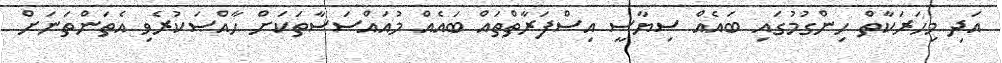
އަދި މިހަރަކާތް ހިންގުމުގައި ބައެއް ސިޔާސީ އިސްފަރާތްތައް ބައެއް މުއައްސަސާތަކަށް ޙާއްޞަކުރެވި އެތަންތަނަށް